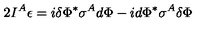
2 I ^ { A } \epsilon = i \delta \Phi ^ { * } \sigma ^ { A } d \Phi - i d \Phi ^ { * } \sigma ^ { A } \delta \Phi